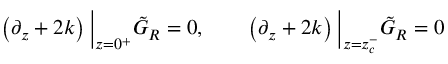
\left( \partial _ { z } + 2 k \right) \Big \vert _ { z = 0 ^ { + } } \tilde { G } _ { R } = 0 , \qquad \left( \partial _ { z } + 2 k \right) \Big \vert _ { z = z _ { c } ^ { - } } \tilde { G } _ { R } = 0